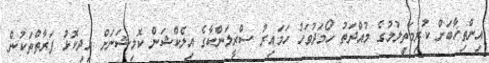
އިންތިޚާބަށް ކުރިމަތިލުމުގެ މުއްދަތު ހޯމަދުވަހު ހަމައިރު ސްރީލަންކާގެ އިލެކްޝަން ކޮމިޝަނަށް އިދިކޮޅު ފަރާތްތަކުން